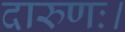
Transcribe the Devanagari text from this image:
दारुणः।